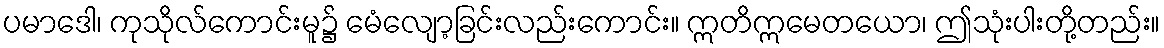
ပမာဒေါ၊ ကုသိုလ်ကောင်းမူ၌ မေံလျော့ခြင်းလည်းကောင်း။ ဣတိဣမေတယော၊ ဤသုံးပါးတို့တည်း။